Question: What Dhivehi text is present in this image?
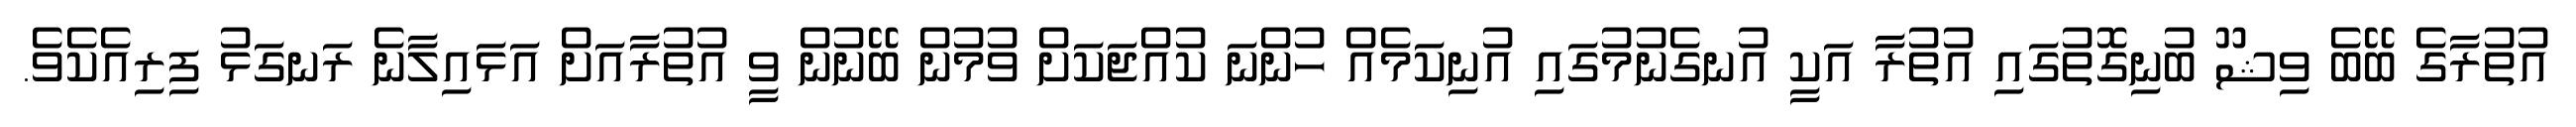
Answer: އުތުރާގެ ބޭބެ ވިޝޫ ބުނިގޮތުގައި އުތުރާ އަކީ އުނގެނުމުގައި އުނިކަމެއް ހުންނަ ކުއްޖަކަށް ވުމުން ބޭނުން ވީ އުތުރާއަށް އަޅައިލާނެ ރަނގަޅު ފިރިއެކެވެ.